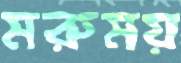
মরুময়